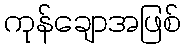
ကုန်ချောအဖြစ်